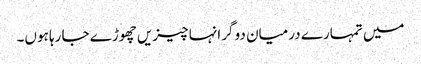
میں تمہارے درمیان دو گرانہا چیزیں چھوڑے جا رہا ہوں۔